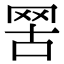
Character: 𦊟